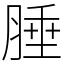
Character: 腄